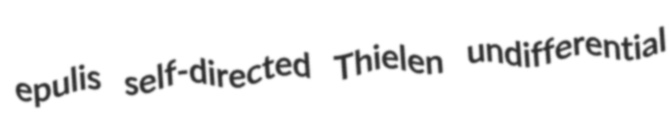
epulis self-directed Thielen undifferential